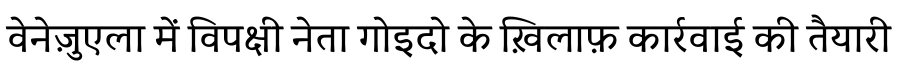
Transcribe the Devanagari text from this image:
वेनेज़ुएला में विपक्षी नेता गोइदो के ख़िलाफ़ कार्रवाई की तैयारी